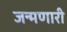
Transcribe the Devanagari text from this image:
जन्मणारी